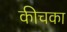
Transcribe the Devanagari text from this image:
कीचका